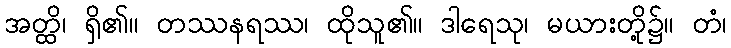
အတ္ထိ၊ ရှိ၏။ တဿနရဿ၊ ထိုသူ၏။ ဒါရေသု၊ မယားတို့၌။ တံ၊